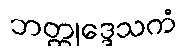
ဘတ္တုဒ္ဒေသကံ